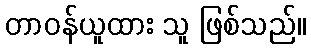
တာဝန်ယူထား သူ ဖြစ်သည်။